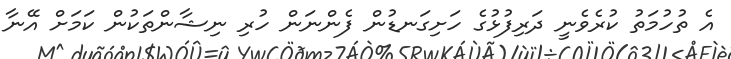
އެ ތުހުމަތު ކުރެވެނީ ދަރިފުޅުގެ ހަަށިގަނޑުން ފެންނަން ހުރި ނިޝާންތަކުން ކަމަށް އޭނާ